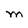
Character: M